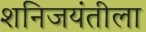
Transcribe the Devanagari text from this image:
शनिजयंतीला